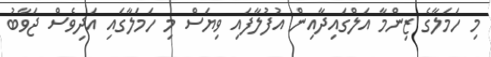
މި ހަމަލާގެ ޒިންމާ އަލްގައިދާއިން އުފުލާފައި ވިޔަސް މި ހަމަލާގައި އަދިވެސް ޖަވާބު